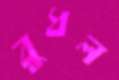
বুধল